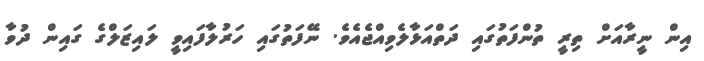
އިން ނީރާއަށް ތިރީ ތުންފަތުގައި ދަތްއަޅާލެވިއްޖެއެވެ. ނޭފަތުގައި ހަރުލާފައިވީ ލައިޒަލްގެ ގައިން ދުވާ